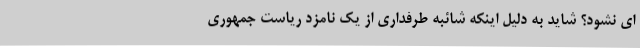
ای نشود؟ شاید به دلیل اینکه شائبه طرفداری از یک نامزد ریاست جمهوری